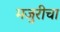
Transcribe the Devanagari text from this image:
मजुरीचा